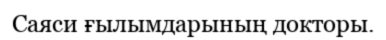
Саяси ғылымдарының докторы.